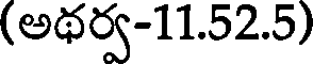
(అథర్వ-11.52.5)